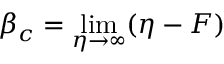
\beta _ { c } = \operatorname* { l i m } _ { \eta \rightarrow \infty } ( \eta - F )